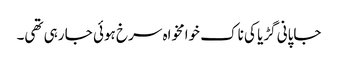
جاپانی گڑیا کی ناک خوامخواہ سرخ ہوئی جا رہی تھی۔